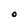
Character: O